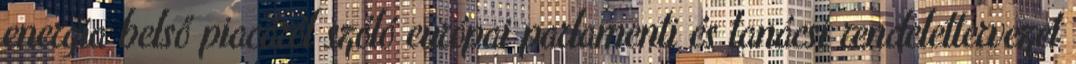
energia belső piacáról szóló európai parlamenti és tanácsi rendelettervezet